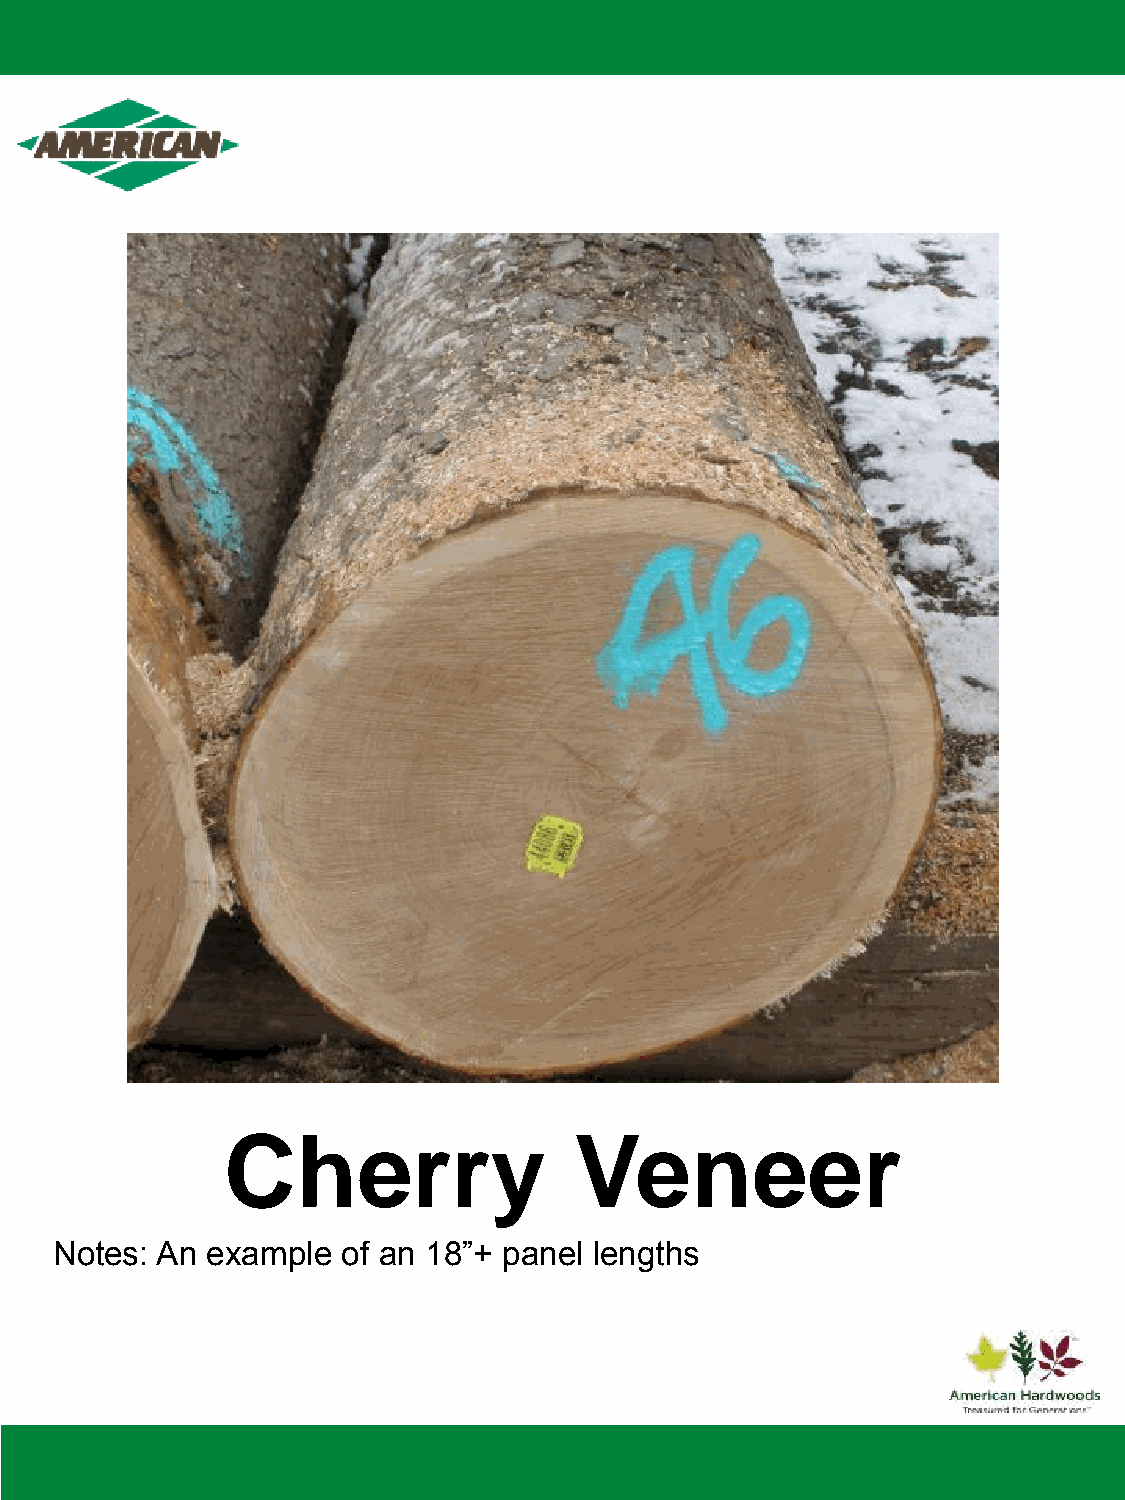
Cherry                 Veneer
 Notes: An  example  of an 18”+ panel lengths